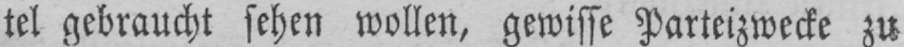
tel gebraucht sehen wollen, gewisse Parteizwecke zu